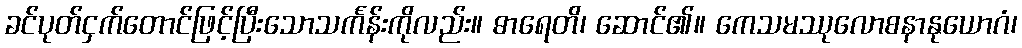
ခင်ပုတ်ငှက်တောင်ဖြင့်ပြီးသောသင်္ကန်းကိုလည်း။ ဓာရေတိ၊ ဆောင်၏။ ကေသမဿုလောစနာနုယောဂံ၊